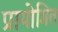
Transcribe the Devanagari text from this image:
प्रायोगित